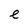
Character: e